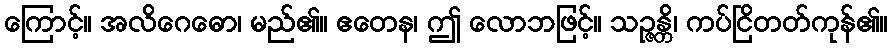
ကြောင့်။ အလိဂေဓော၊ မည်၏။ ဧတေန၊ ဤ လောဘဖြင့်။ သဉ္ဇန္တိ၊ ကပ်ငြိတတ်ကုန်၏။